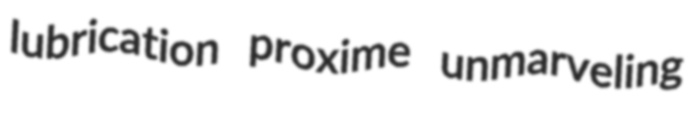
lubrication proxime unmarveling